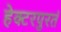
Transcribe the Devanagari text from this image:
हेक्टरपुरतं